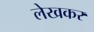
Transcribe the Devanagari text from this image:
लेखकर